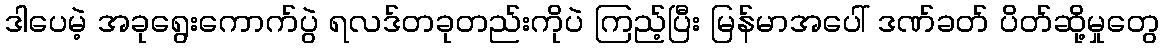
ဒါပေမဲ့ အခုရွေးကောက်ပွဲ ရလဒ်တခုတည်းကိုပဲ ကြည့်ပြီး မြန်မာအပေါ် ဒဏ်ခတ် ပိတ်ဆို့မှုတွေ